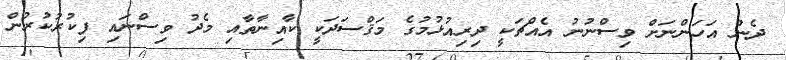
ދެން އަހަންނަށް ވިސްނުނު އެއްޗަކީ ދިރިއުޅުމުގެ މަޤްސަދަކީ ކާއިނާތާއި މެދު ވިސްނައި ފިކުރުކުރުން